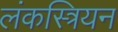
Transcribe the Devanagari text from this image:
लंकस्त्रियन